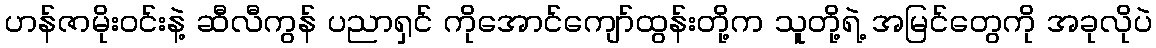
ဟန်ဇာမိုးဝင်းနဲ့ ဆီလီကွန် ပညာရှင် ကိုအောင်ကျော်ထွန်းတို့က သူတို့ရဲ့ အမြင်တွေကို အခုလိုပဲ